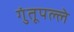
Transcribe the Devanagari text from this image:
गुंतूपल्ले